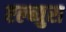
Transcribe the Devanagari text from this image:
एल्ब्युरा